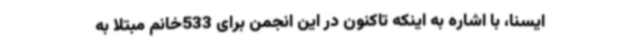
ایسنا، با اشاره به اینکه تاکنون در این انجمن برای 533خانم مبتلا به